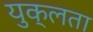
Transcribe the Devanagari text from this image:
युक्लता